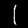
Digit: 1